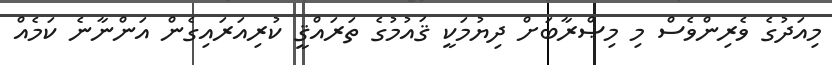
މިއަދުގެ ވެރިންވެސް މި މިޞްރާބަށް ދިޔުމަކީ ޤައުމުގެ ތަރައްޤީ ކުރިއަރައިގެން އަންނާނެ ކަމެއް